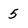
Character: 5